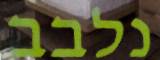
נלבב